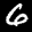
Label: 6